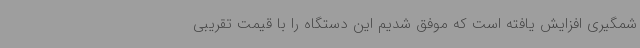
شمگیری افزایش یافته است که موفق شدیم این دستگاه را با قیمت تقریبی